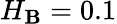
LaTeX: H_{\mathbf{B}}=0.1